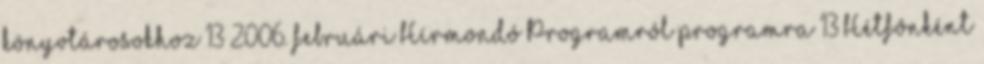
könyvtárosokhoz 13 2006. februári Hírmondó Programról programra 13 Hétfônként